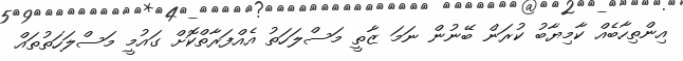
އިންތިހާބެއް ކާމިޔާބު ކުރަން ބޭނުން ނަމަ ޒާތީ މަސްލަހަތު އެއްފަރާތްކޮށް ގައުމީ މަސްލަހަތުތައް